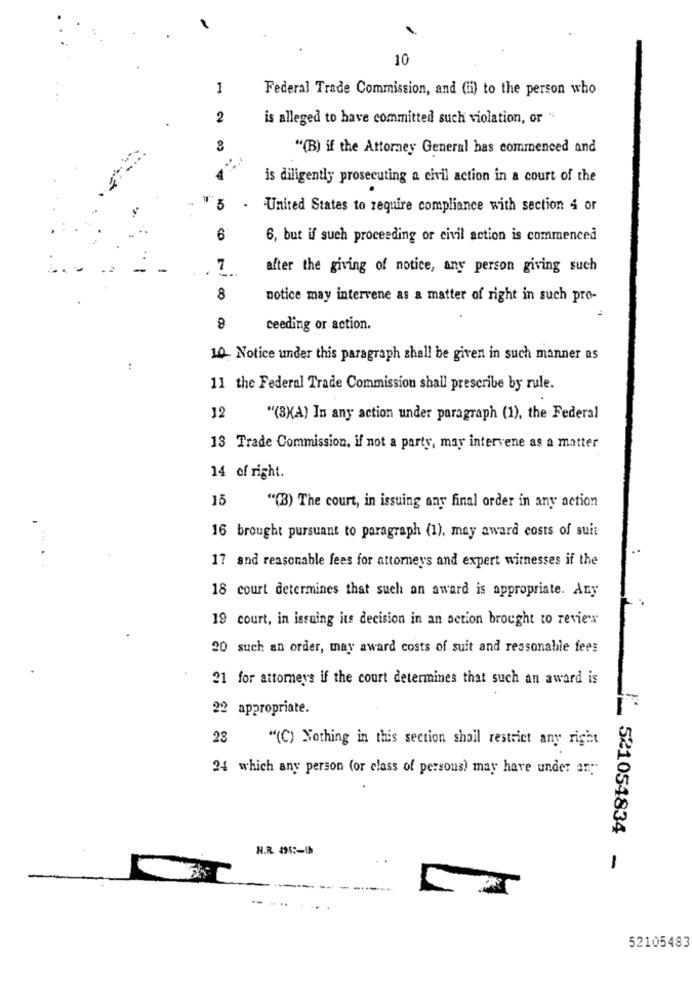
10
1
Federal Trade Commission, and (ii) to the person who
2
is alleged to have committed such violation, or "
"(B) if the Attorney General has commenced and
is diligently prosecuting a civil action in a court of the
3
United States to require compliance with section 4 or
6
6, but if such proceeding or civil action is commenced
-
7
after the giving of notice, any person giving such
8
notice may intervene as a matter of right in such pro-
8
ceeding or action.
10 Notice under this paragraph shall be given in such manner as
:
11 the Federal Trade Commission shall prescribe by rule.
12
"(3)A) In any action under paragraph (1), the Federal
13 Trade Commission, if not a party, may intervene as a matter
14 of right.
15
"(B) The court, in issuing any final order in any action
16 brought pursuant to paragraph (1), may award costs of suit
17 and reasonable fees for attorneys and expert witnesses if the
18 court determines that such an award is appropriate. Any
19 court, in issuing its decision in an action brought to review
20 such an order, may award costs of suit and reasonable fees
21 for attorneys if the court determines that such an award is
22 appropriate.
23
"(C) Nothing in this section shail restrict any right
24 which any person (or class of persons) may have under ar.
H.R. 495 :- 1b
___ 521054834 -
52105483